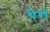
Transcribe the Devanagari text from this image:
थेरॉ